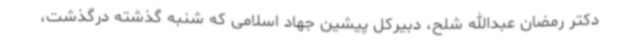
دکتر رمضان عبدالله شلح، دبیرکل پیشین جهاد اسلامی که شنبه گذشته درگذشت،